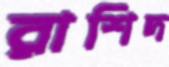
রাশিদ